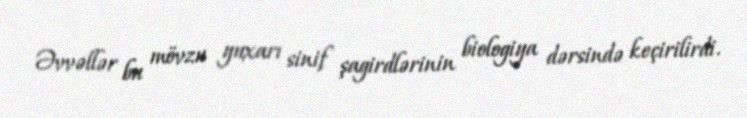
Əvvəllər bu mövzu yuxarı sinif şagirdlərinin biologiya dərsində keçirilirdi.